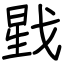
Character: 戥